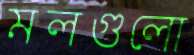
মলগুলো